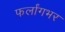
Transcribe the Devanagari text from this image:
फर्लांगभर